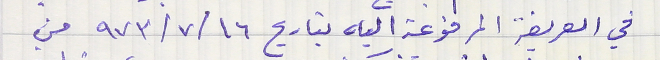
في العريضة المرفوعة اليه بتاريح ٩٧٣/٧/١٦ من